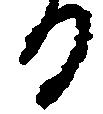
る